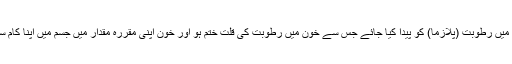
لہٰذا اس کے علاج میں رطوبت (پلازما) کو پیدا کیا جائے جس سے خون میں رطوبت کی قلت ختم ہو اور خون اپنی مقررہ مقدار میں جسم میں اپنا کام سرانجام دے سکے۔